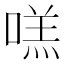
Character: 㗝